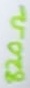
Text: 820Ω